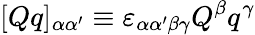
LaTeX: [Qq]_{\alpha\alpha^{\prime}}\equiv\varepsilon_{\alpha\alpha^{\prime}\beta\gamma}Q^{\beta}q^{\gamma}